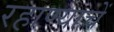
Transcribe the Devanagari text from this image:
रहाण्याचें